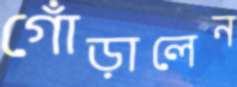
গোঁড়ালেন